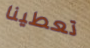
تعطينا